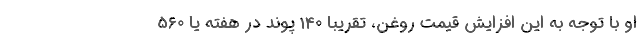
او با توجه به این افزایش قیمت روغن، تقریبا 140 پوند در هفته یا 560